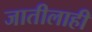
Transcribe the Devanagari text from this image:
जातीलाही